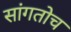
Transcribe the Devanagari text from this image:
सांगतोच